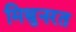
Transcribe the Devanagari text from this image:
मिथुनरत